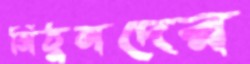
মিঠুনদের